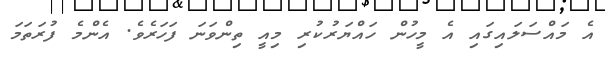
އެ މައްސަލައިގައި އެ މީހުން ހައްޔަރުކުރި މިއީ ތިންވަނަ ފަހަރެވެ. އެންމެ ފުރަތަމަ